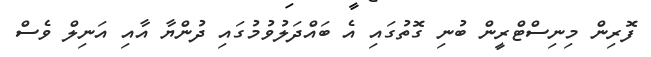
ފޮރިން މިނިސްޓްރީން ބުނި ގޮތުގައި އެ ބައްދަލުވުމުގައި ދުންޔާ އާއި އަނިލް ވެސް